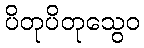
ပိတုပိတုသွေဝ